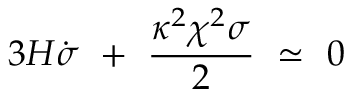
3 H \dot { \sigma } \ + \ \frac { \kappa ^ { 2 } \chi ^ { 2 } \sigma } { 2 } \ \simeq \ 0